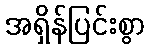
အရှိန်ပြင်းစွာ